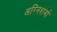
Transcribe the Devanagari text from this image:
अग्निशर्मा